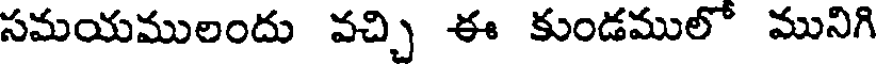
సమయములందు వచ్చి ఈ కుండములో మునిగి